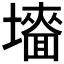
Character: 𡒜